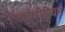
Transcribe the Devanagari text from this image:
नाईजीरियन